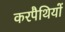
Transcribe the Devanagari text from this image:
करपैथियों